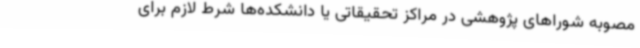
مصوبه شوراهای پژوهشی در مراکز تحقیقاتی یا دانشکده‌ها شرط لازم برای